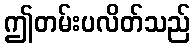
ဤတမ်းပလိတ်သည်